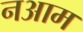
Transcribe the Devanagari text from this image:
नआम